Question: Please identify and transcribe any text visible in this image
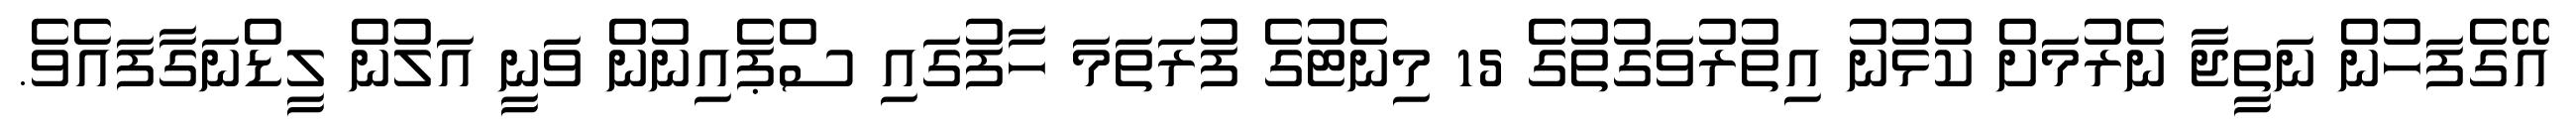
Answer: އޭގެފަހުން ނަތީޖާ ނެރުމަށް ކުޅުނު އިތުރުވަގުތުގެ 15 މިނެޓުގެ ފުރަތަމަ ހާފުގައި ސްޕެއިނުން ވަނީ އަލުން ލީޑްނަގާފައެވެ.